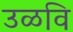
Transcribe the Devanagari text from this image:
उळवि